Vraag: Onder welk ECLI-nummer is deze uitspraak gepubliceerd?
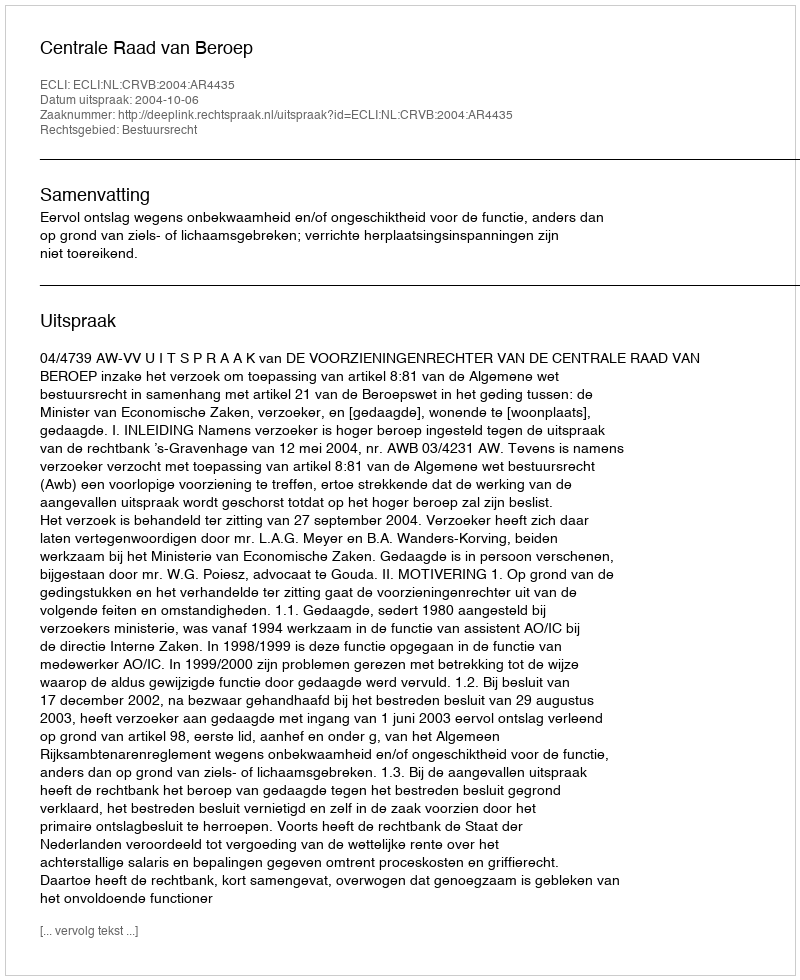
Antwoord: ECLI:NL:CRVB:2004:AR4435